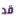
قد